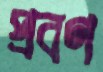
প্রবণ